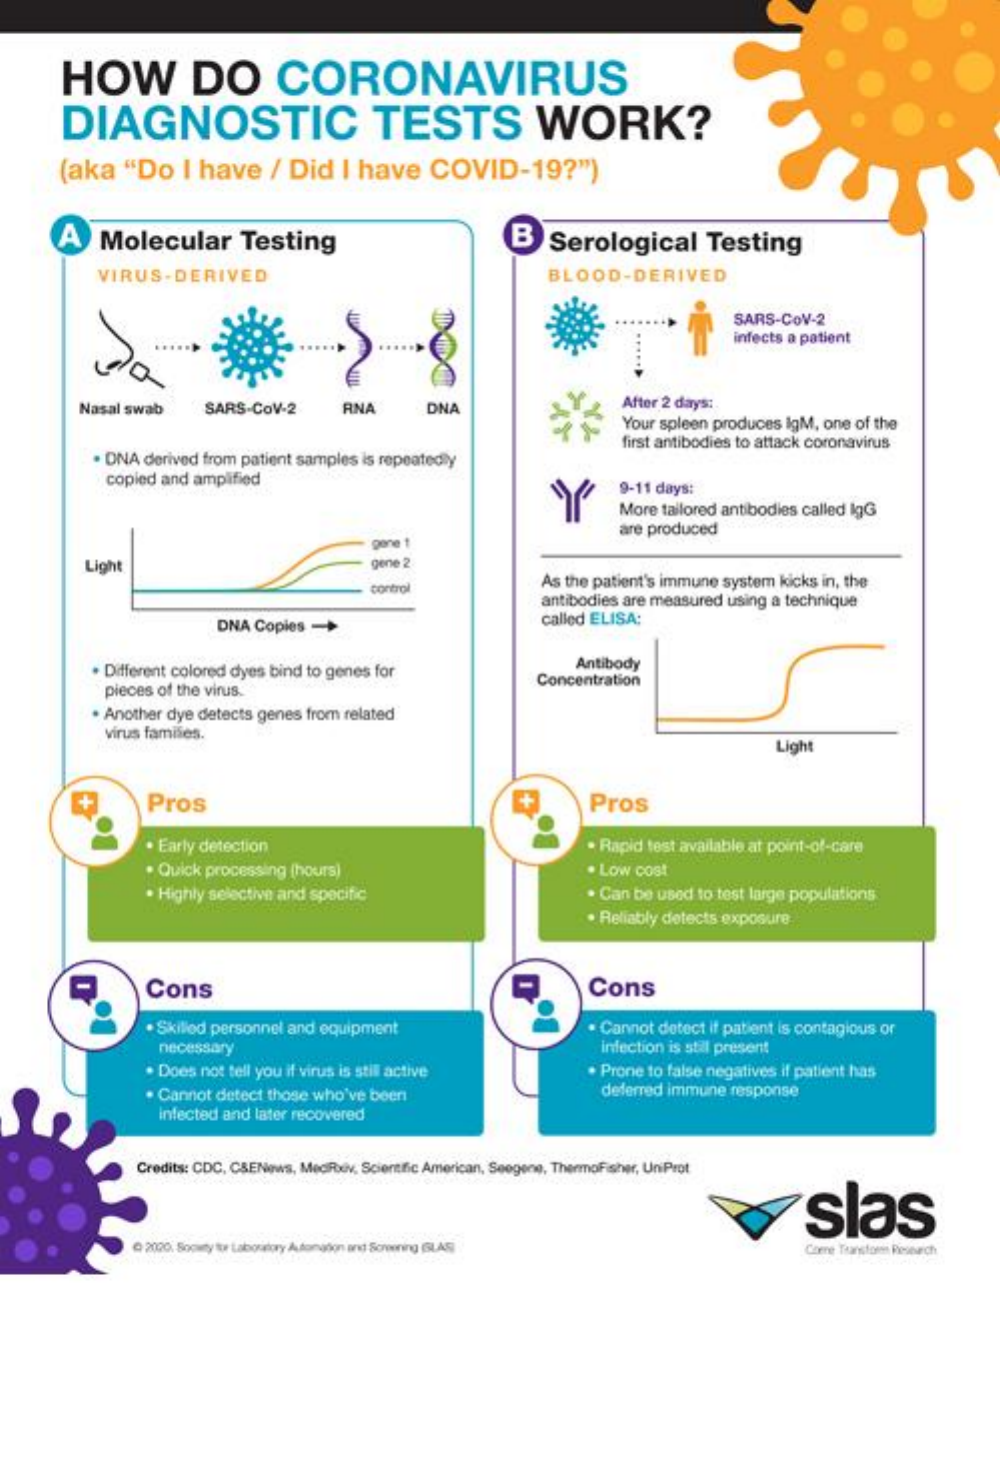
HOW    DO    CORONAVIRUS
     DIAGNOSTIC    TESTS    WORK?
     (aka    "Do    I have    / Did    I have    COVID-19?")
     A    Molecular    Testing    B    Serological    Testing
     VIRUS-DERIVED    BLOOD-DERIVED
     SARS-COV-2
     infects a patient
     Nasal swab    SARS-COV-2    RNA    DNA    After 2 days:
     Your spleen produces igM, one of the
     . DNA derived from patient samples is repeatedly
     first antibodies to attack coronavirus
     copied  and amplified
     9-11 days:
     More  tailored antibodies called IgG
     are produced
     gone
     Light    gene 2
     control    As the patient's immune system kicks in, the
     antibodies are measured using a technique
     DNA  Copies ->    called ELISA:
     Different colored dyes bind to genes for    Antibody
     pieces of the virus.
     Concentration
     Another dye detects genes  from related
     virus familes.
     Light
     Pros    Pros
     . Early detection    · Rapid test available at point-of-care
     . Quick processing (hours)    . Low cost
     · Highly selective and specific    . Can be used  to test large populations
     . Reliably detects exposure
     Cons    Cons
     · Skiled personnel and equipment
     necessary
     . Cannot detect if patient is contagious or
     infection is stil present
     . Does not tell you if virus is still active    Prone to false negatives if patient has
     . Cannot detect those who've been    deferred immune  response
     infected and later recovered
     Credits: CDC, CSENews, MedRev, Scientific American, Seegene, ThermoFisher, UniProt
     slas
     Q 2020. Soguty tte Laboridory Aufongdon and Screening GLAS    Chene Taanstomen Research